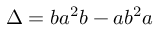
\Delta = b a ^ { 2 } b - a b ^ { 2 } a